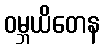
ဝမ္ဘယိတေန